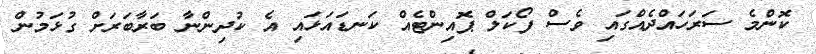
ކޮންމެ ސަރަހައްދެއްގައި ވެސް ފޯކަލް ޕޮއިންޓެއް ކަނޑައަޅައި އެ ކުދިންނާ ބަރާބަރަށް ގުޅަމުން